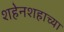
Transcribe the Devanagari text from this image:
शहेनशहाच्या